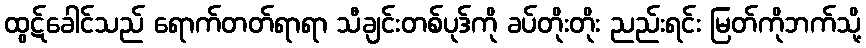
ထွဋ်ခေါင်သည် ရောက်တတ်ရာရာ သီချင်းတစ်ပုဒ်ကို ခပ်တိုးတိုး ညည်းရင်း မြတ်ကိုဘက်သို့